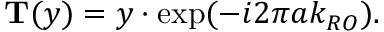
\mathbf { T } ( y ) = y \cdot \exp ( - i 2 \pi a k _ { R O } ) .